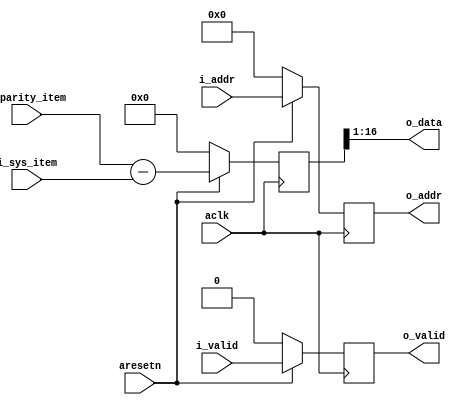
/*
* Origin: -(sys - parity)/2
* Impl: (parity - sys) >>> 1
* 
*/
module branch2_calc_service#(
	parameter DWIDTH = 16,
	parameter BRANCH_SIZE = 3072
)(
	input                                 aclk,
	input                                 aresetn,
	input signed [DWIDTH - 1 : 0]         i_sys_item,
	input signed [DWIDTH - 1 : 0]         i_parity_item,
	input [$clog2(BRANCH_SIZE) - 1 : 0]   i_addr,
	input                                 i_valid,
	output [$clog2(BRANCH_SIZE) - 1 : 0]  o_addr,
	output                                o_valid,
	output signed [DWIDTH - 1 : 0]        o_data
);
	
// Out: (parity - sys) >>> 1. It is the same as -(sys - parity)/2
	
	reg signed [DWIDTH:0]             subtr_result;
	reg [$clog2(BRANCH_SIZE) - 1 : 0] addr_stage_last; 
	reg [$clog2(BRANCH_SIZE) - 1 : 0] valid_stage_last; 
		
	// Data	
	assign o_data = subtr_result[DWIDTH:1];// Shift
	
	always@(posedge aclk)
		if (!aresetn) begin
			subtr_result <= 0;
		end else begin
			// Stage 1
			subtr_result <= i_parity_item - i_sys_item;
		end	
	
	// Address
	assign o_addr = addr_stage_last;
	
	always@(posedge aclk)
		if (!aresetn) begin
			addr_stage_last <= 0;
		end else begin
			// Stage 1
			addr_stage_last <= i_addr;
		end
		
	// Valid
	assign o_valid = valid_stage_last;
	
	always@(posedge aclk)
		if (!aresetn) begin
			valid_stage_last <= 0;
		end else begin
			// Stage 1
			valid_stage_last <= i_valid;
		end

endmodule